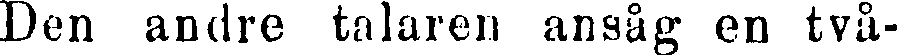
Den andre talaren ansåg en två-